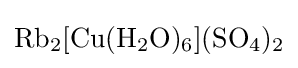
{\ce {Rb2[Cu(H2O)6](SO4)2}}